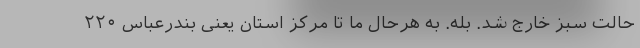
حالت سبز خارج شد. بله. به هرحال ما تا مرکز استان یعنی بندرعباس ۲۲۰